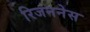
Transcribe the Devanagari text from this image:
रिजननेस